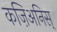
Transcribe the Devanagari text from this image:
कज़िअनिस्